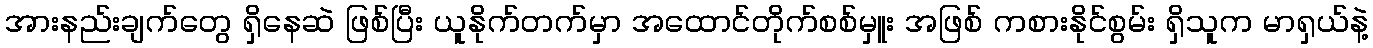
အားနည်းချက်တွေ ရှိနေဆဲ ဖြစ်ပြီး ယူနိုက်တက်မှာ အထောင်တိုက်စစ်မှူး အဖြစ် ကစားနိုင်စွမ်း ရှိသူက မာရှယ်နဲ့